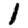
Digit: 1